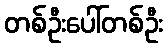
တစ်ဦးပေါ်တစ်ဦး